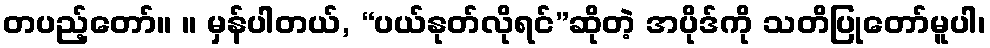
တပည့်တော်။ ။ မှန်ပါတယ်, “ပယ်နုတ်လိုရင်”ဆိုတဲ့ အပိုဒ်ကို သတိပြုတော်မူပါ၊